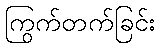
ကြွက်တက်ခြင်း